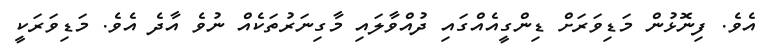
އެވެ. ފިނޮޅުން މަޑިވަރަށް ޑިންގީއެއްގައި ދުއްވާލައި މާގިނަރުތަކެއް ނުވެ އާދެ އެވެ. މަޑިވަރަކީ